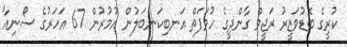
ކުރީގެ ބޮޑުވަޒީރު ރަޖީވް ގާންދީގެ ހުވަފަތް އަނބިކަނބަލުން އުމުރުން 67 އަހަރުގެ ސޯނިއާ